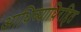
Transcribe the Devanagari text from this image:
आधिव्याधिरहित